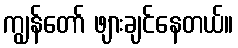
ကျွန်တော် ဖျားချင်နေတယ်။